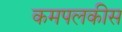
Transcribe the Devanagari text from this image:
कमपलकीस